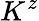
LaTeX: K^{z}